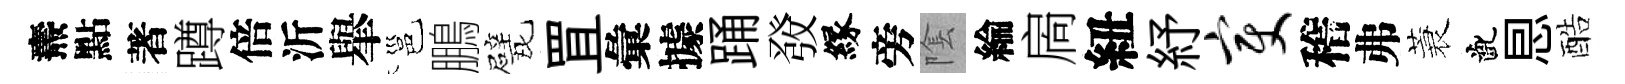
燾點著蹲倍沂𦦙邕鵬戏罝彙據踊𤼲縁旁隂綸扄紐紓变稽弗蓑齔㤙酷